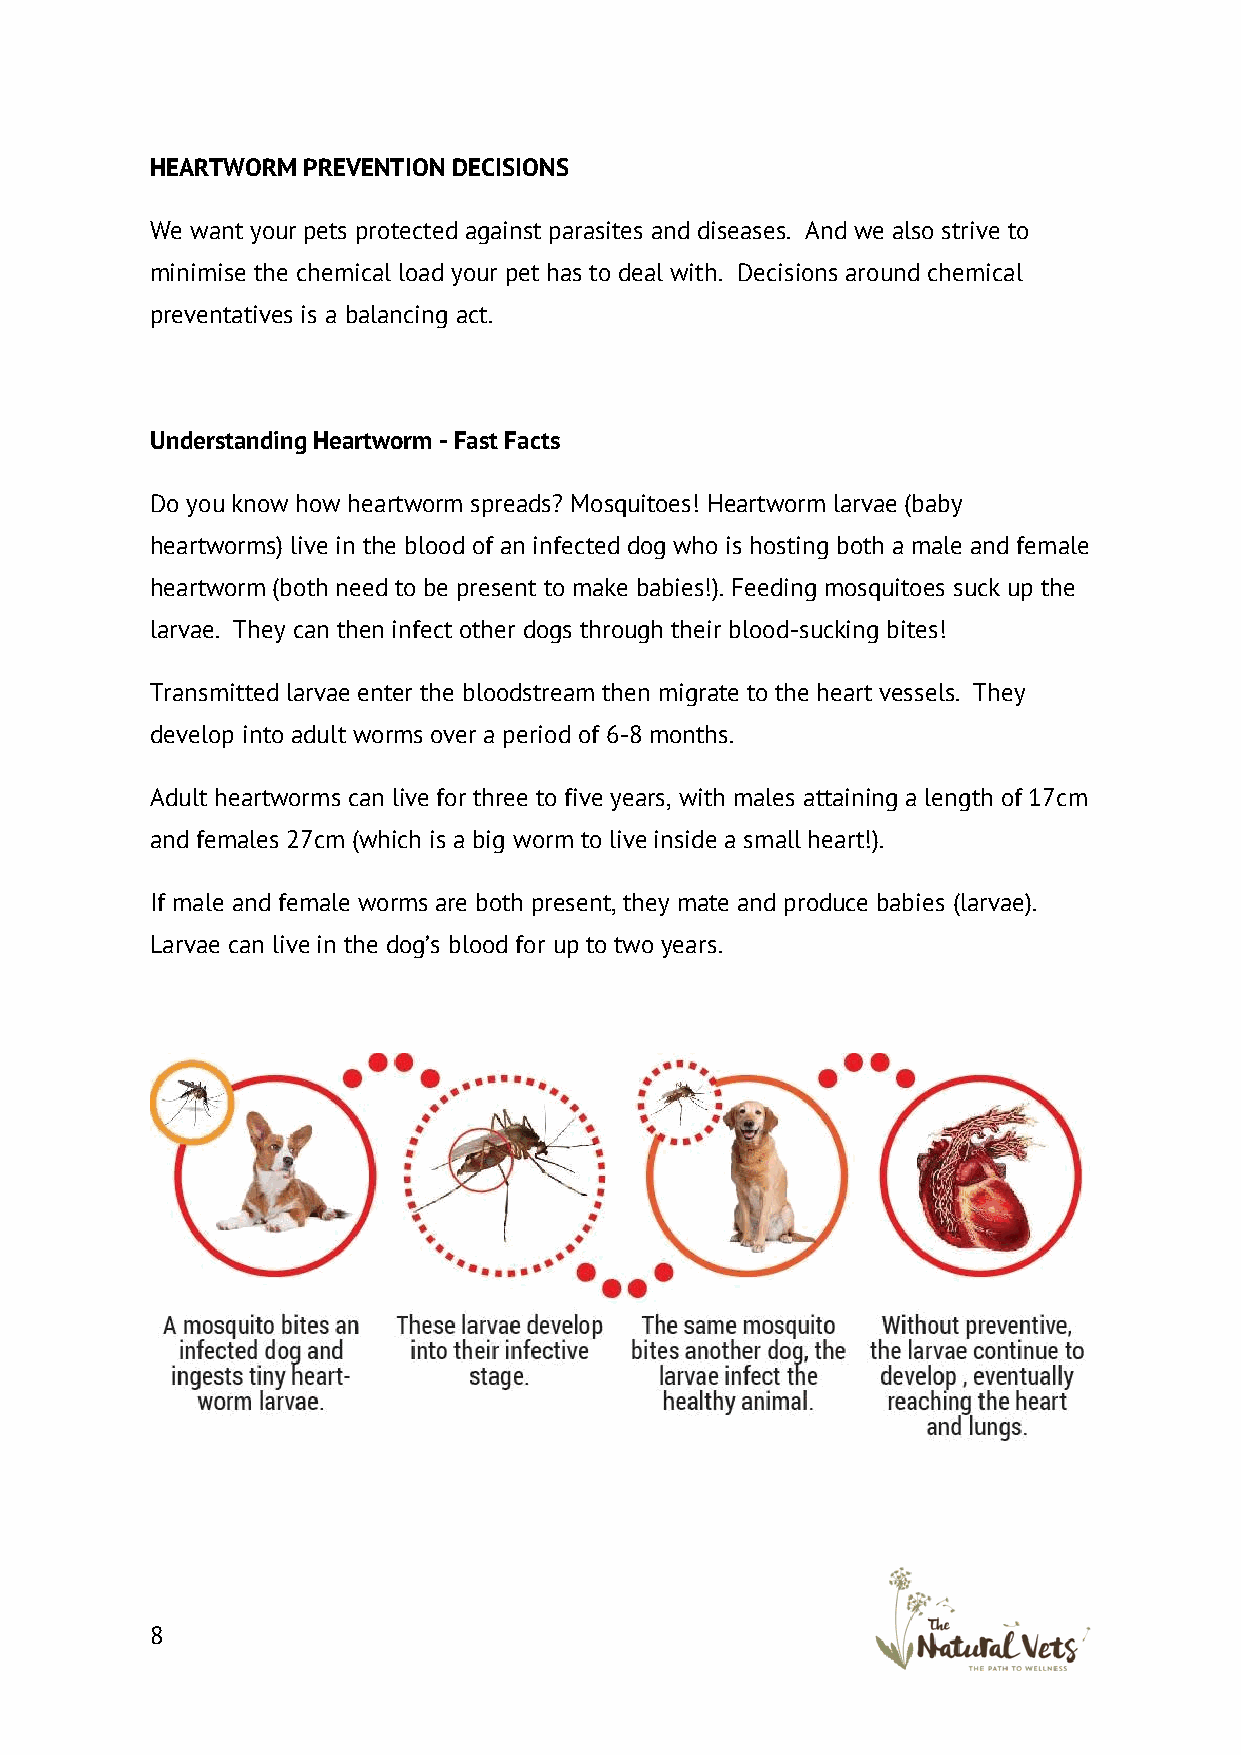
HEARTWORM PREVENTION DECISIONS
 We want your pets protected against parasites and diseases. And we also strive to
 minimise the chemical load your pet has to deal with. Decisions around chemical
 preventatives is a balancing act.
 Understanding Heartworm - Fast Facts
 Do you know how heartworm spreads? Mosquitoes! Heartworm larvae (baby
 heartworms) live in the blood of an infected dog who is hosting both a male and female
 heartworm (both need to be present to make babies!). Feeding mosquitoes suck up the
 larvae. They can then infect other dogs through their blood-sucking bites!
 Transmitted larvae enter the bloodstream then migrate to the heart vessels. They
 develop into adult worms over a period of 6-8 months.
 Adult heartworms can live for three to five years, with males attaining a length of 17cm
 and females 27cm (which is a big worm to live inside a small heart!).
 If male and female worms are both present, they mate and produce babies (larvae).
 Larvae can live in the dog’s blood for up to two years.
 8